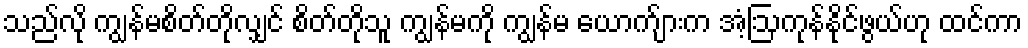
သည်လို ကျွန်မစိတ်တိုလျှင် စိတ်တိုသူ ကျွန်မကို ကျွန်မ ယောက်ျားက အံ့ဩကုန်နိုင်ဖွယ်ဟု ထင်ကာ